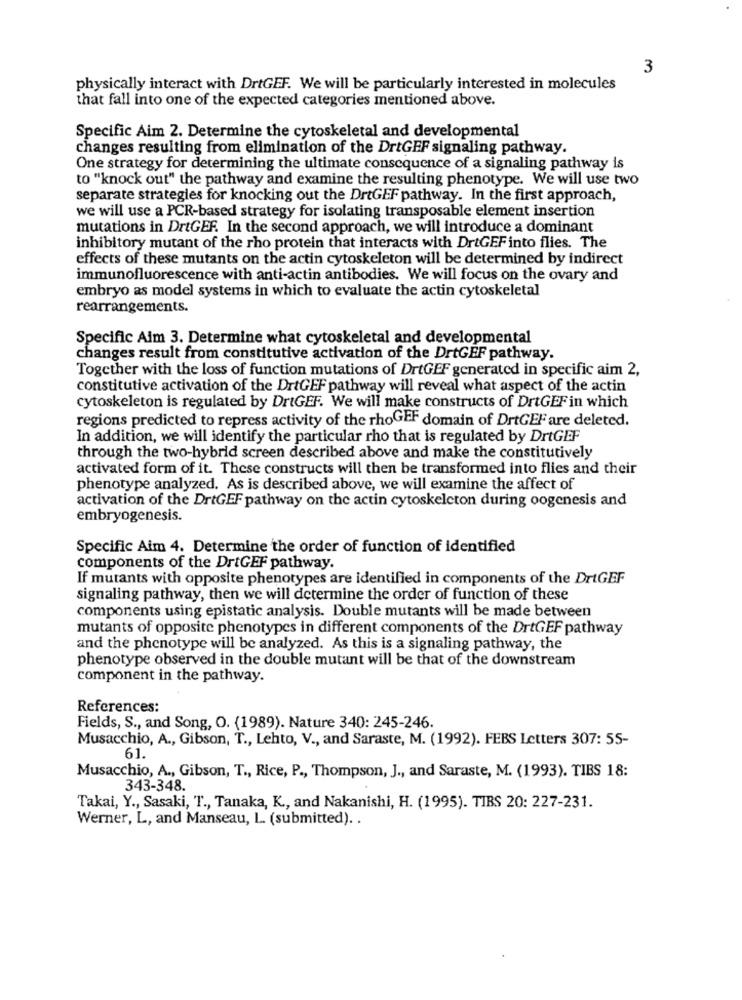
3
physically interact with DrtGEF. We will be particularly interested in molecules
that fall into one of the expected categories mentioned above.
Specific Aim 2. Determine the cytoskeletal and developmental
changes resulting from elimination of the DrtGFF signaling pathway.
One strategy for determining the ultimate consequence of a signaling pathway is
to "knock out" the pathway and examine the resulting phenotype. We will use two
separate strategies for knocking out the DrtGEF pathway. In the first approach,
we will use a PCR-based strategy for isolating transposable element insertion
mutations in DrtGEF. In the second approach, we will introduce a dominant
inhibitory mutant of the rho protein that interacts with DrtGEF into flies. The
effects of these mutants on the actin cytoskeleton will be determined by indirect
immunofluorescence with anti-actin antibodies. We will focus on the ovary and
embryo as model systems in which to evaluate the actin cytoskeletal
rearrangements.
Specific Aim 3. Determine what cytoskeletal and developmental
changes result from constitutive activation of the DrtGEF pathway.
Together with the loss of function mutations of DrtGEF generated in specific aim 2,
constitutive activation of the DrtGEF pathway will reveal what aspect of the actin
cytoskeleton is regulated by DrtGEF. We will make constructs of DrtGEF in which
regions predicted to repress activity of the rhoGEF domain of DrtGEF are deleted.
In addition, we will identify the particular rho that is regulated by DrtGEF
through the two-hybrid screen described above and make the constitutively
activated form of it. These constructs will then be transformed into flies and their
phenotype analyzed. As is described above, we will examine the affect of
activation of the DrtGEF pathway on the actin cytoskeleton during oogenesis and
embryogenesis.
Specific Aim 4. Determine the order of function of identified
components of the DrtGEF pathway.
If mutants with opposite phenotypes are identified in components of the DrtGEF
signaling pathway, then we will determine the order of function of these
components using epistatic analysis. Double mutants will be made between
mutants of opposite phenotypes in different components of the DrtGEF pathway
and the phenotype will be analyzed. As this is a signaling pathway, the
phenotype observed in the double mutant will be that of the downstream
component in the pathway.
References:
Fields, S ., and Song, O. (1989). Nature 340: 245-246.
Musacchio, A ., Gibson, T ., Lehto, V ., and Saraste, M. (1992). FEBS Letters 307: 55-
61.
Musacchio, A ., Gibson, T ., Rice, P ., Thompson, J ., and Saraste, M. (1993). TIBS 18:
343-348.
Takai, Y ., Sasaki, T ., Tanaka, K, and Nakanishi, H. (1995). TIBS 20: 227-231.
Werner, L, and Manseau, L. (submitted) ..